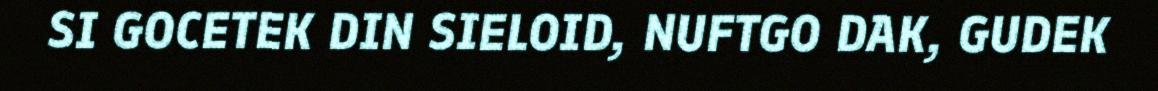
SI GOCETEK DIN SIELOID, NUFTGO DAK, GUDEK